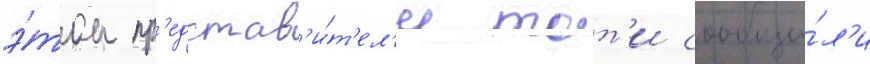
э́том пр'едстав'и́т'ел'и тот'и сообщи́л'и